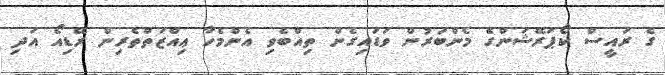
ގެ ރައީސް ކޯޕަރޭޝަންގެ މެންބަރުން ވަޑައިގެން ތިއްބެވި އެންމެހާ ޢިއްޒަތްތެރިން ރޭޑިއޯ އަދި